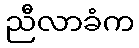
ညီလာခံက